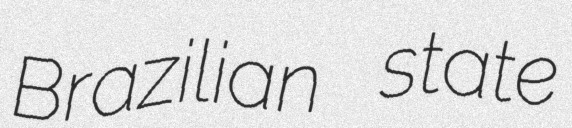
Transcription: Brazilian state